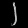
Digit: ၂